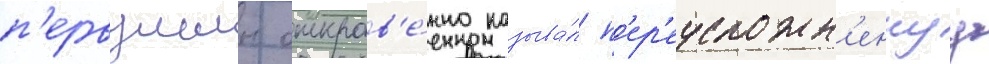
п'ервушин откров'е́нно называ́л п'ер'еусложн'еннуу